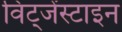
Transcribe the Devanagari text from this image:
विट्जेंस्टाइन